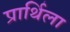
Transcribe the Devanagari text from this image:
प्रार्थिला